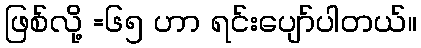
ဖြစ်လို့ =၆၅ ဟာ ရင်းပျော်ပါတယ်။